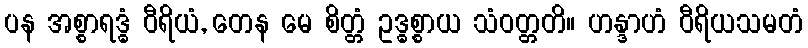
ပန အစ္စာရဒ္ဓံ ဝီရိယံ, တေန မေ စိတ္တံ ဥဒ္ဓစ္စာယ သံဝတ္တတိ။ ဟန္ဒာဟံ ဝီရိယသမတံ